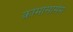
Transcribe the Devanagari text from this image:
क्रोमोसामेम